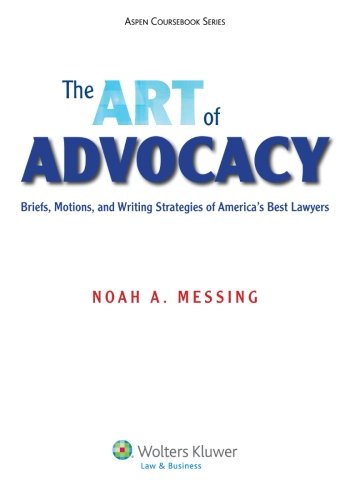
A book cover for The Art of Advocacy: Briefs, Motions, and Writing Strategies of America's Best Lawyers (Aspen Coursebook); Noah A. Messing; Law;